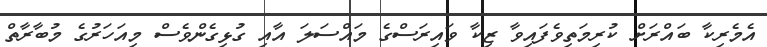
އެމެރިކާ ބައްރަށް ކުރިމަތިވެފައިވާ ޒިކާ ވައިރަސްގެ މައްސަލަ އާއި ގުޅިގެންވެސް މިއަހަރުގެ މުބާރާތް